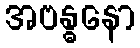
အဗန္ဓနော